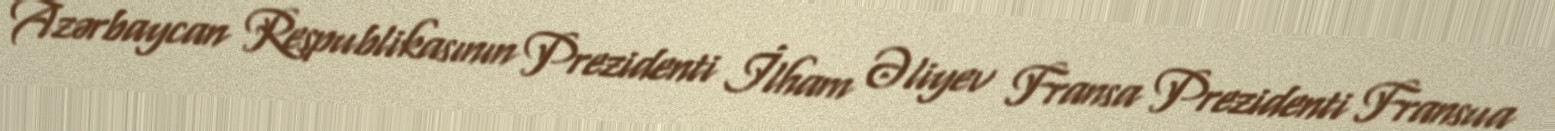
Azərbaycan Respublikasının Prezidenti İlham Əliyev Fransa Prezidenti Fransua